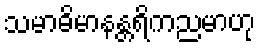
သမာဓိမာနန္တရိကညမာဟု